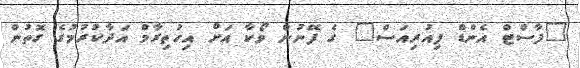
"ފާސްޓް އެންޑް ފިއުރިއަސް" ގެ ފޭނުން ވޯކާ އަށް އިހުތިރާމް އަދާކުރުމުގެ ގޮތުން